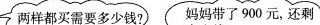
两样都买需要多少钱? 妈妈带了900元，还剩